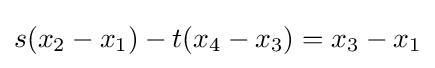
s(x_{2}-x_{1})-t(x_{4}-x_{3})=x_{3}-x_{1}